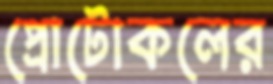
প্রোটোকলের